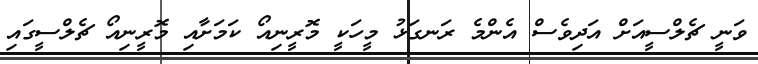
ވަނީ ޗެލްސީއަށް އަދިވެސް އެންމެ ރަނގަޅު މީހަކީ މޮރީނިއޯ ކަމަށާއި މޮރީނިއޯ ޗެލްސީގައި